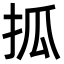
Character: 㧓